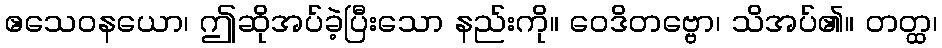
ဧသေဝနယော၊ ဤဆိုအပ်ခဲ့ပြီးသော နည်းကို။ ဝေဒိတဗ္ဗော၊ သိအပ်၏။ တတ္ထ၊